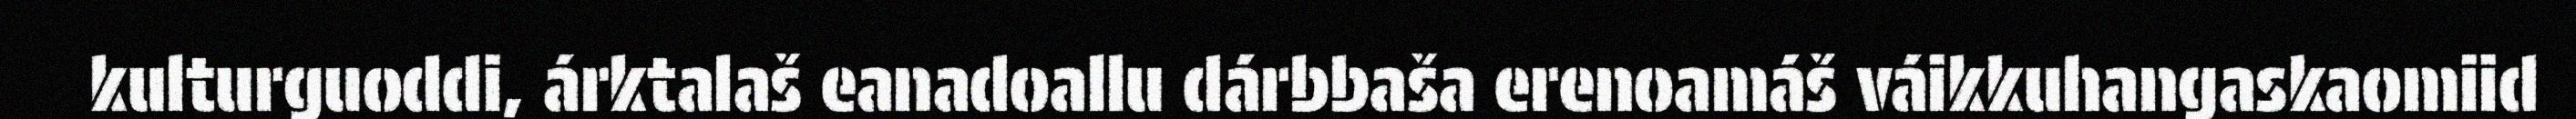
kulturguoddi, árktalaš eanadoallu dárbbaša erenoamáš váikkuhangaskaomiid